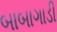
બાબાગાડી